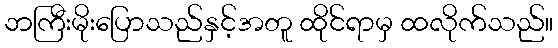
ဘကြီးမိုးပြောသည်နှင့်အတူ ထိုင်ရာမှ ထလိုက်သည်။